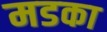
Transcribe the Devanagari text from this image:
मडका